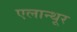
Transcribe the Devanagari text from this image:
एलान्थूर